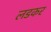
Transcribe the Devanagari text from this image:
लडकर